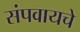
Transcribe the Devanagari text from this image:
संपवायचे